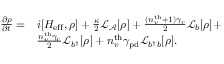
\begin{array} { r l r } { \frac { \partial \rho } { \partial t } = } & { i [ H _ { \mathrm { e f f } } , \rho ] + \frac { \kappa } { 2 } \mathcal { L } _ { \mathcal { A } } [ \rho ] + \frac { ( n _ { v } ^ { \mathrm { t h } } + 1 ) \gamma _ { r } } { 2 } \mathcal { L } _ { b } [ \rho ] + } & \\ & { \frac { n _ { v } ^ { \mathrm { t h } } \gamma _ { r } } { 2 } \mathcal { L } _ { b ^ { \dagger } } [ \rho ] + { n _ { v } ^ { \mathrm { t h } } \gamma _ { \mathrm { p d } } } \mathcal { L } _ { b ^ { \dagger } b } [ \rho ] . } & \end{array}